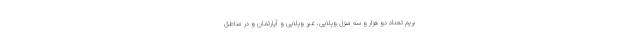
بریم تعداد دو هزار و سه منزل ویلایی، غیر ویلایی و آپارتمان و در مناطق